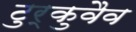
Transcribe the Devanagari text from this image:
टुर्कुवैव